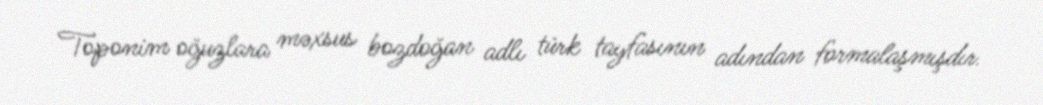
Toponim oğuzlara məxsus bozdoğan adlı türk tayfasının adından formalaşmışdır.